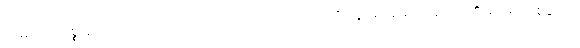
သမုဒယသစ္စာ၌။ ဉာဏံ၊ သိသော ဉာဏ်လည်းကောင်း။ သင်္ခါရနိရောဓေ၊ သင်္ခါရတို့၏ ချုပ်ရာဖြစ်သော